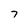
Character: 7